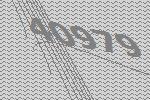
40979